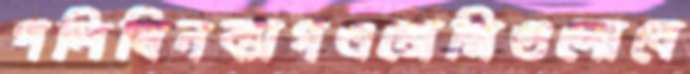
পলিথিনব্যাগএজেন্সিগুলোবে